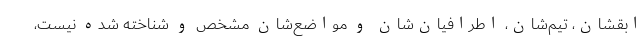
ابقشان، تیم‌شان، اطرافیان‌شان و مواضع‌شان مشخص و شناخته شده نیست،